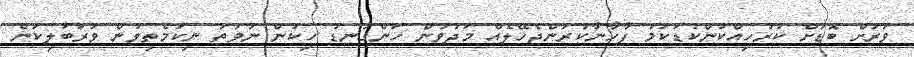
ވަރަށް ބޮޑަށް ކަރުހިއްކުންކުޑަކަމު ފާހާނާކުރަންޖެހޭލެއް މަދުވުން ހަންގަނޑު ހިކުން ނުވަތަ ނިކަމެތިވުން ވަރުބަލިކަން